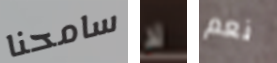
سامحنا لا نعم